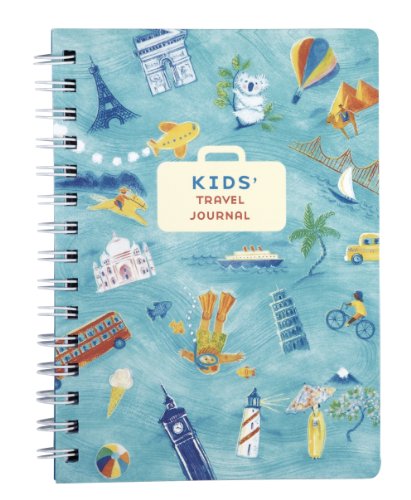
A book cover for Kids' Travel Specialty Journal; Mudpuppy; Children's Books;